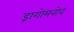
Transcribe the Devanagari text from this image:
ड्रागोमनोव